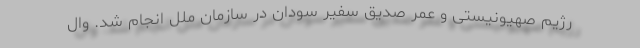
رژیم صهیونیستی و عمر صدیق سفیر سودان در سازمان ملل انجام شد. وال